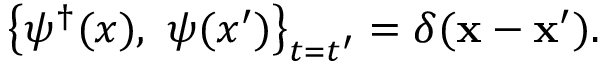
\left\{ \psi ^ { \dagger } ( x ) , ~ \psi ( x ^ { \prime } ) \right\} _ { t = t ^ { \prime } } = \delta ( { \bf x } - { \bf x } ^ { \prime } ) .